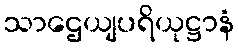
သာဌေယျပရိယုဋ္ဌာနံ